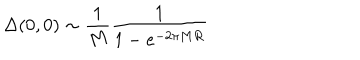
LaTeX: \Delta ( 0 , 0 ) \sim { \frac { 1 } { M } } { \frac { 1 } { 1 - e ^ { - 2 \pi M R } } }